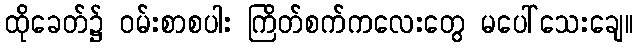
ထိုခေတ်၌ ဝမ်းစာစပါး ကြိတ်စက်ကလေးတွေ မပေါ်သေးချေ။